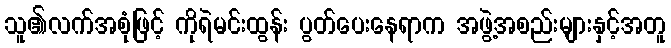
သူ၏လက်အစုံဖြင့် ကိုရဲမင်းထွန်း ပွတ်ပေးနေရာက အဖွဲ့အစည်းများနှင့်အတူ